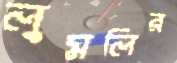
লুমলির